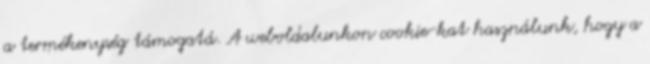
a termékenység támogatá. A weboldalunkon cookie-kat használunk, hogy a